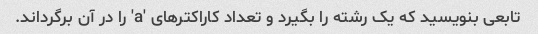
تابعی بنویسید که یک رشته را بگیرد و تعداد کاراکترهای 'a' را در آن برگرداند.